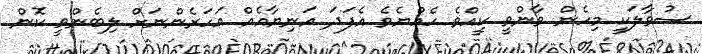
ސުވާލަކީ މިހެން ވާންވީ ކީއްވެ ހެއްޔެވެ އެފަދަ އަނިޔާއެއް އަހަރެންނަށް ލިބެންވީ ކޮން